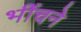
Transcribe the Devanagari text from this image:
भींचने